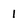
Character: 1